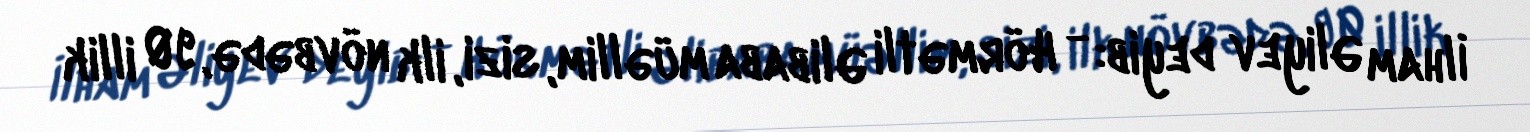
İlham Əliyev deyib: - Hörmətli Əlibaba müəllim, sizi, ilk növbədə, 90 illik